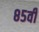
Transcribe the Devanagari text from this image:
८५वीं